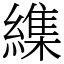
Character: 䌖